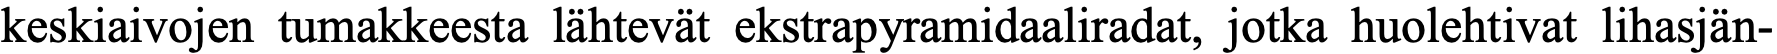
keskiaivojen tumakkeesta lähtevät ekstrapyramidaaliradat, jotka huolehtivat lihasjän-